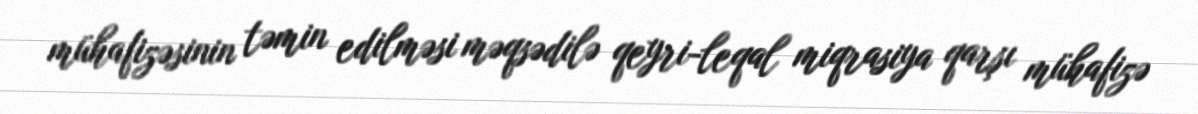
mühafizəsinin təmin edilməsi məqsədilə qeyri-leqal miqrasiya qarşı mühafizə